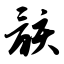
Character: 骸